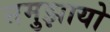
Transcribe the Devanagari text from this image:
समुझायो